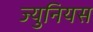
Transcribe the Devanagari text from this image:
ज्युनियस